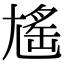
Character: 𡰃